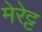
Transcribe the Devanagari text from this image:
मेरेट्ट